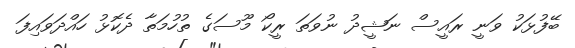
ބޭފުޅަކު ވަނީ ރައީސް ނަޝީދު ނުވަތަ ރީކޯ މޫސަގެ ތުހުމަތާ ދެކޮޅު ހައްދަވައިފަ